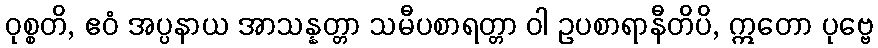
ဝုစ္စတိ, ဧဝံ အပ္ပနာယ အာသန္နတ္တာ သမီပစာရတ္တာ ဝါ ဥပစာရာနီတိပိ, ဣတော ပုဗ္ဗေ